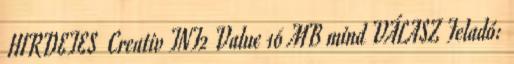
HIRDETES Creativ TNT2 Value 16 MB mind VÁLASZ Feladó: